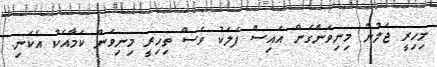
މިހިރީ ޖަލުން މިނިވަންެގެން އައިސް ފަލަކު ވެސް ތިހިރީ މިނިވަން ކަމާއެކު އެކަނި.